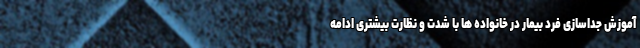
آموزش جداسازی فرد بیمار در خانواده ها با شدت و نظارت بیشتری ادامه